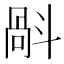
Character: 𣂄